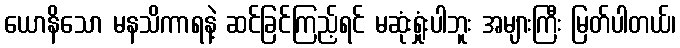
ယောနိသော မနသိကာရနဲ့ ဆင်ခြင်ကြည့်ရင် မဆုံးရှုံးပါဘူး အများကြီး မြတ်ပါတယ်၊